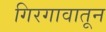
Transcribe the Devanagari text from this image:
गिरगावातून